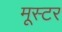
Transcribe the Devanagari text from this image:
मूस्टर